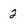
Character: 2